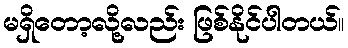
မရှိတော့လို့လည်း ဖြစ်နိုင်ပါတယ်။